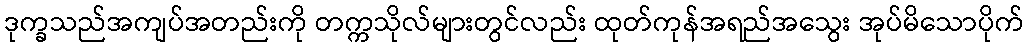
ဒုက္ခသည်အကျပ်အတည်းကို တက္ကသိုလ်များတွင်လည်း ထုတ်ကုန်အရည်အသွေး အုပ်မိသောပိုက်